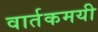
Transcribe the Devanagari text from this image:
वार्तकमयी